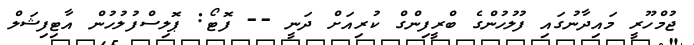
ޖުމްހޫރީ މައިދާނުގައި ފުލުހުންގެ ބްރީފިންގް ކުރިއަށް ދަނީ -- ފޮޓޯ: ޕޮލިސްފުލުހުން އާޓިފިޝަލް